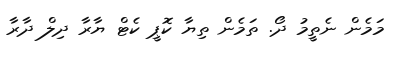
މަމެން ނެތީމު ދޯ. ތަމެން ތިޔާ ކޮޕީ ކެޓް ޔާރާ ދިލް ދާރާ